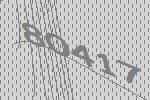
80417